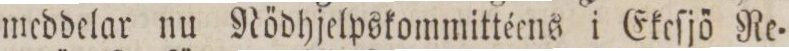
meddelar nu Nödhjelpskommittéens i Ekeſjö Re=